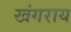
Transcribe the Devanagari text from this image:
खंगराय